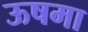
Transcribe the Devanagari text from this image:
ऊषमा